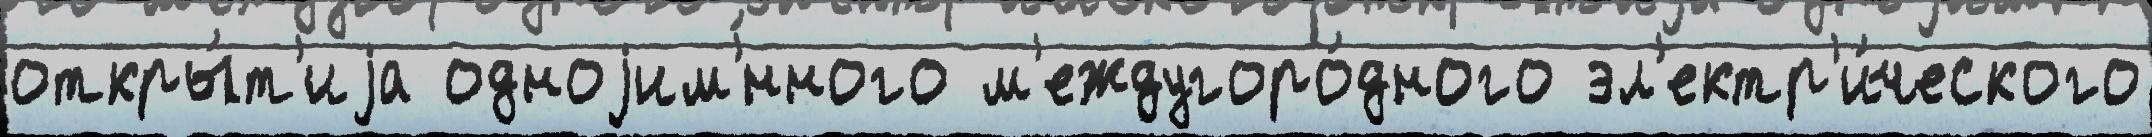
откры́т'иjа одноjим'́нного м'еждугоро́дного эл'ектр'и́ческого